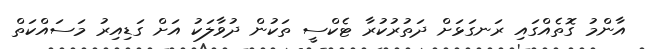
އާންމު ގޮތެއްގައި ރަނގަޅަށް ދަތުރުކުރާ ޓެކްސީ ތަކުން ދުވާލަކު އަށް ގަޑިއިރު މަސައްކަތް